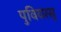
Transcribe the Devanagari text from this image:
पुवियरसु